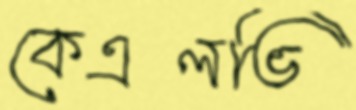
কেএলভি